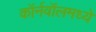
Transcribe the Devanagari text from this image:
कॉर्नवॉलमध्ये